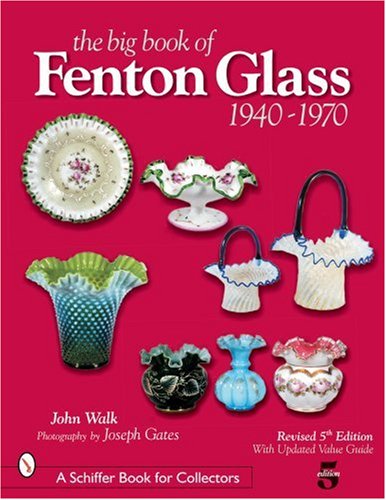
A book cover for The Big Book of Fenton Glass: 1940-1970 (Schiffer Book for Collectors); John Walk; Crafts, Hobbies & Home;